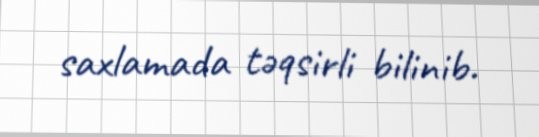
saxlamada təqsirli bilinib.